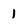
Character: 1